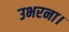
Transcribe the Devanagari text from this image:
उभरना।